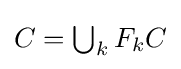
{\textstyle C=\bigcup _{k}F_{k}C}